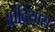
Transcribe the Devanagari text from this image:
आंद्रियास